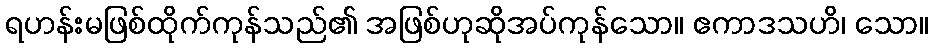
ရဟန်းမဖြစ်ထိုက်ကုန်သည်၏ အဖြစ်ဟုဆိုအပ်ကုန်သော။ ဧကာဒသဟိ၊ သော။